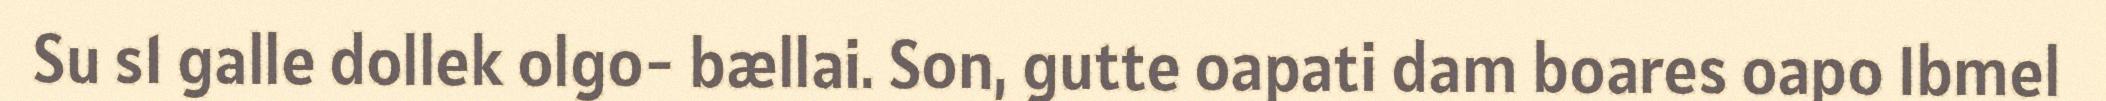
Su s1 galle dollek olgo- bællai. Son, gutte oapati dam boares oapo Ibmel